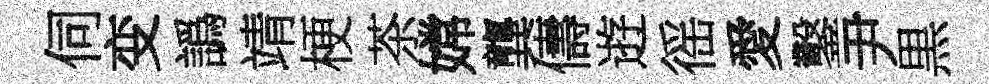
伺变譌靖梗茶嫦龔儔逰徭愛鑿尹黒